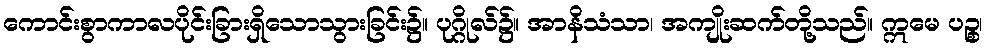
ကောင်းစွာကာလပိုင်းခြားရှိသောသွားခြင်း၌။ ပုဂ္ဂိုလ်၌။ အာနိသံသာ၊ အကျိုးဆက်တို့သည်။ ဣမေ ပဉ္စ၊